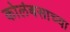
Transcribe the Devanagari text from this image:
कोलंबसाच्या